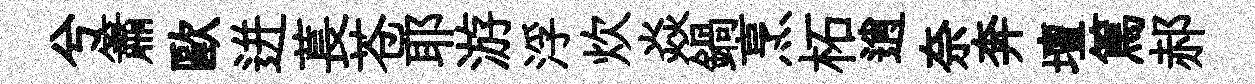
兮簫歐迸萇苍耶游浮炊焱鍋烹柘逍奈奔壇篤郝